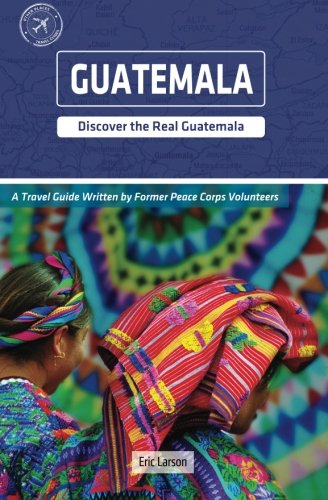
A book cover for Guatemala (Other Places Travel Guide); Eric Larson; Travel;